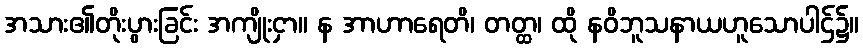
အသား၏တိုးပွားခြင်း အကျိုးငှာ။ န အာဟာရေတိ၊ တတ္ထ၊ ထို နဝိဘူသနာယဟူသောပါဌ်၌။